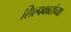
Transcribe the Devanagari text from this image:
शिल्पकारांच्या